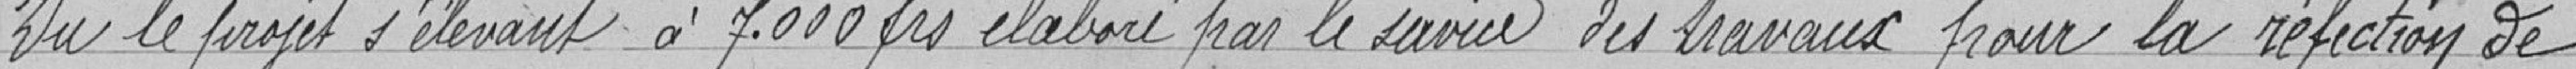
Vu le projet s'élevant à 7.000 francs élaboré par le service des travaux pour la réfection de